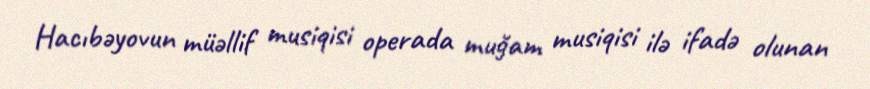
Hacıbəyovun müəllif musiqisi operada muğam musiqisi ilə ifadə olunan